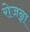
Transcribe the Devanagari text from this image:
रोजन्ना